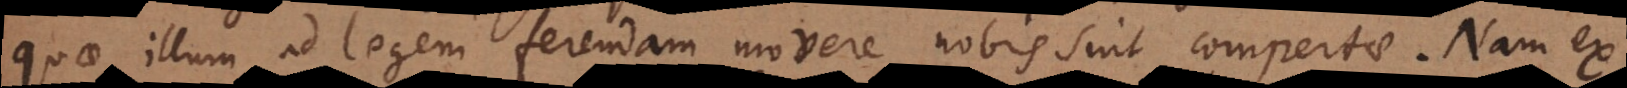
quae illum ad legem ferendam movere nobis sint compertae. Nam ex